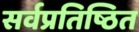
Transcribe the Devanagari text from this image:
सर्वप्रतिष्ठित